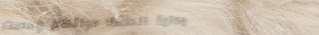
صيدلية الصفا: دوائكم ومست